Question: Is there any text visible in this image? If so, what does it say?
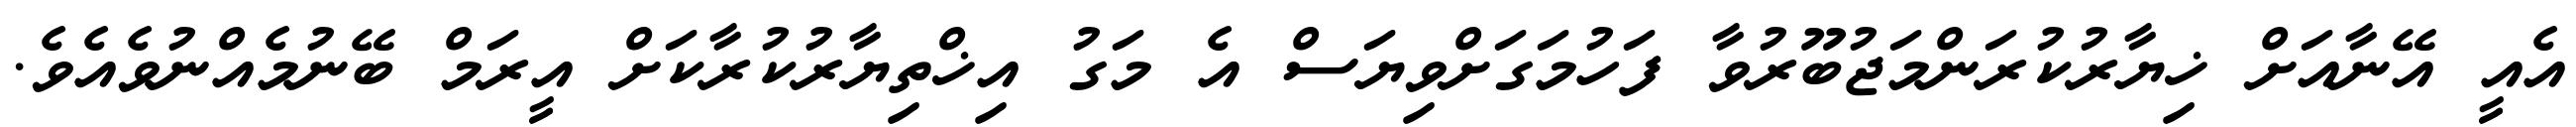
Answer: އެއީ އޭނާއަށް ޚިޔާރުކުރަންމަޖުބޫރުވާ ފަހުމަގަށްވިޔަސް އެ މަގު އިޚްތިޔާރުކުރާކަށް އީރަމް ބޭނުމެއްނުވެއެވެ.